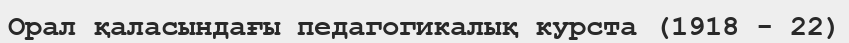
Орал қаласындағы педагогикалық курста (1918 - 22)